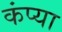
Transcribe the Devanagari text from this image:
कंप्या